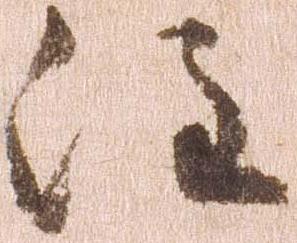
注